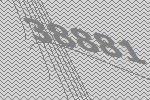
38881